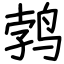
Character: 鹁